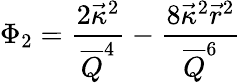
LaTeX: \Phi_{2}={\frac{2\vec{\kappa}^{2}}{\overline{{Q}}^{4}}}-{\frac{8\vec{\kappa}^{2}\vec{r}^{2}}{\overline{{Q}}^{6}}}